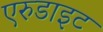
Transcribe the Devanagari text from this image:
एरुडाइट